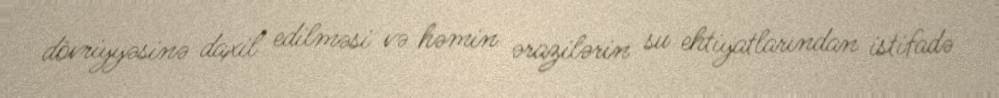
dövriyyəsinə daxil edilməsi və həmin ərazilərin su ehtiyatlarından istifadə